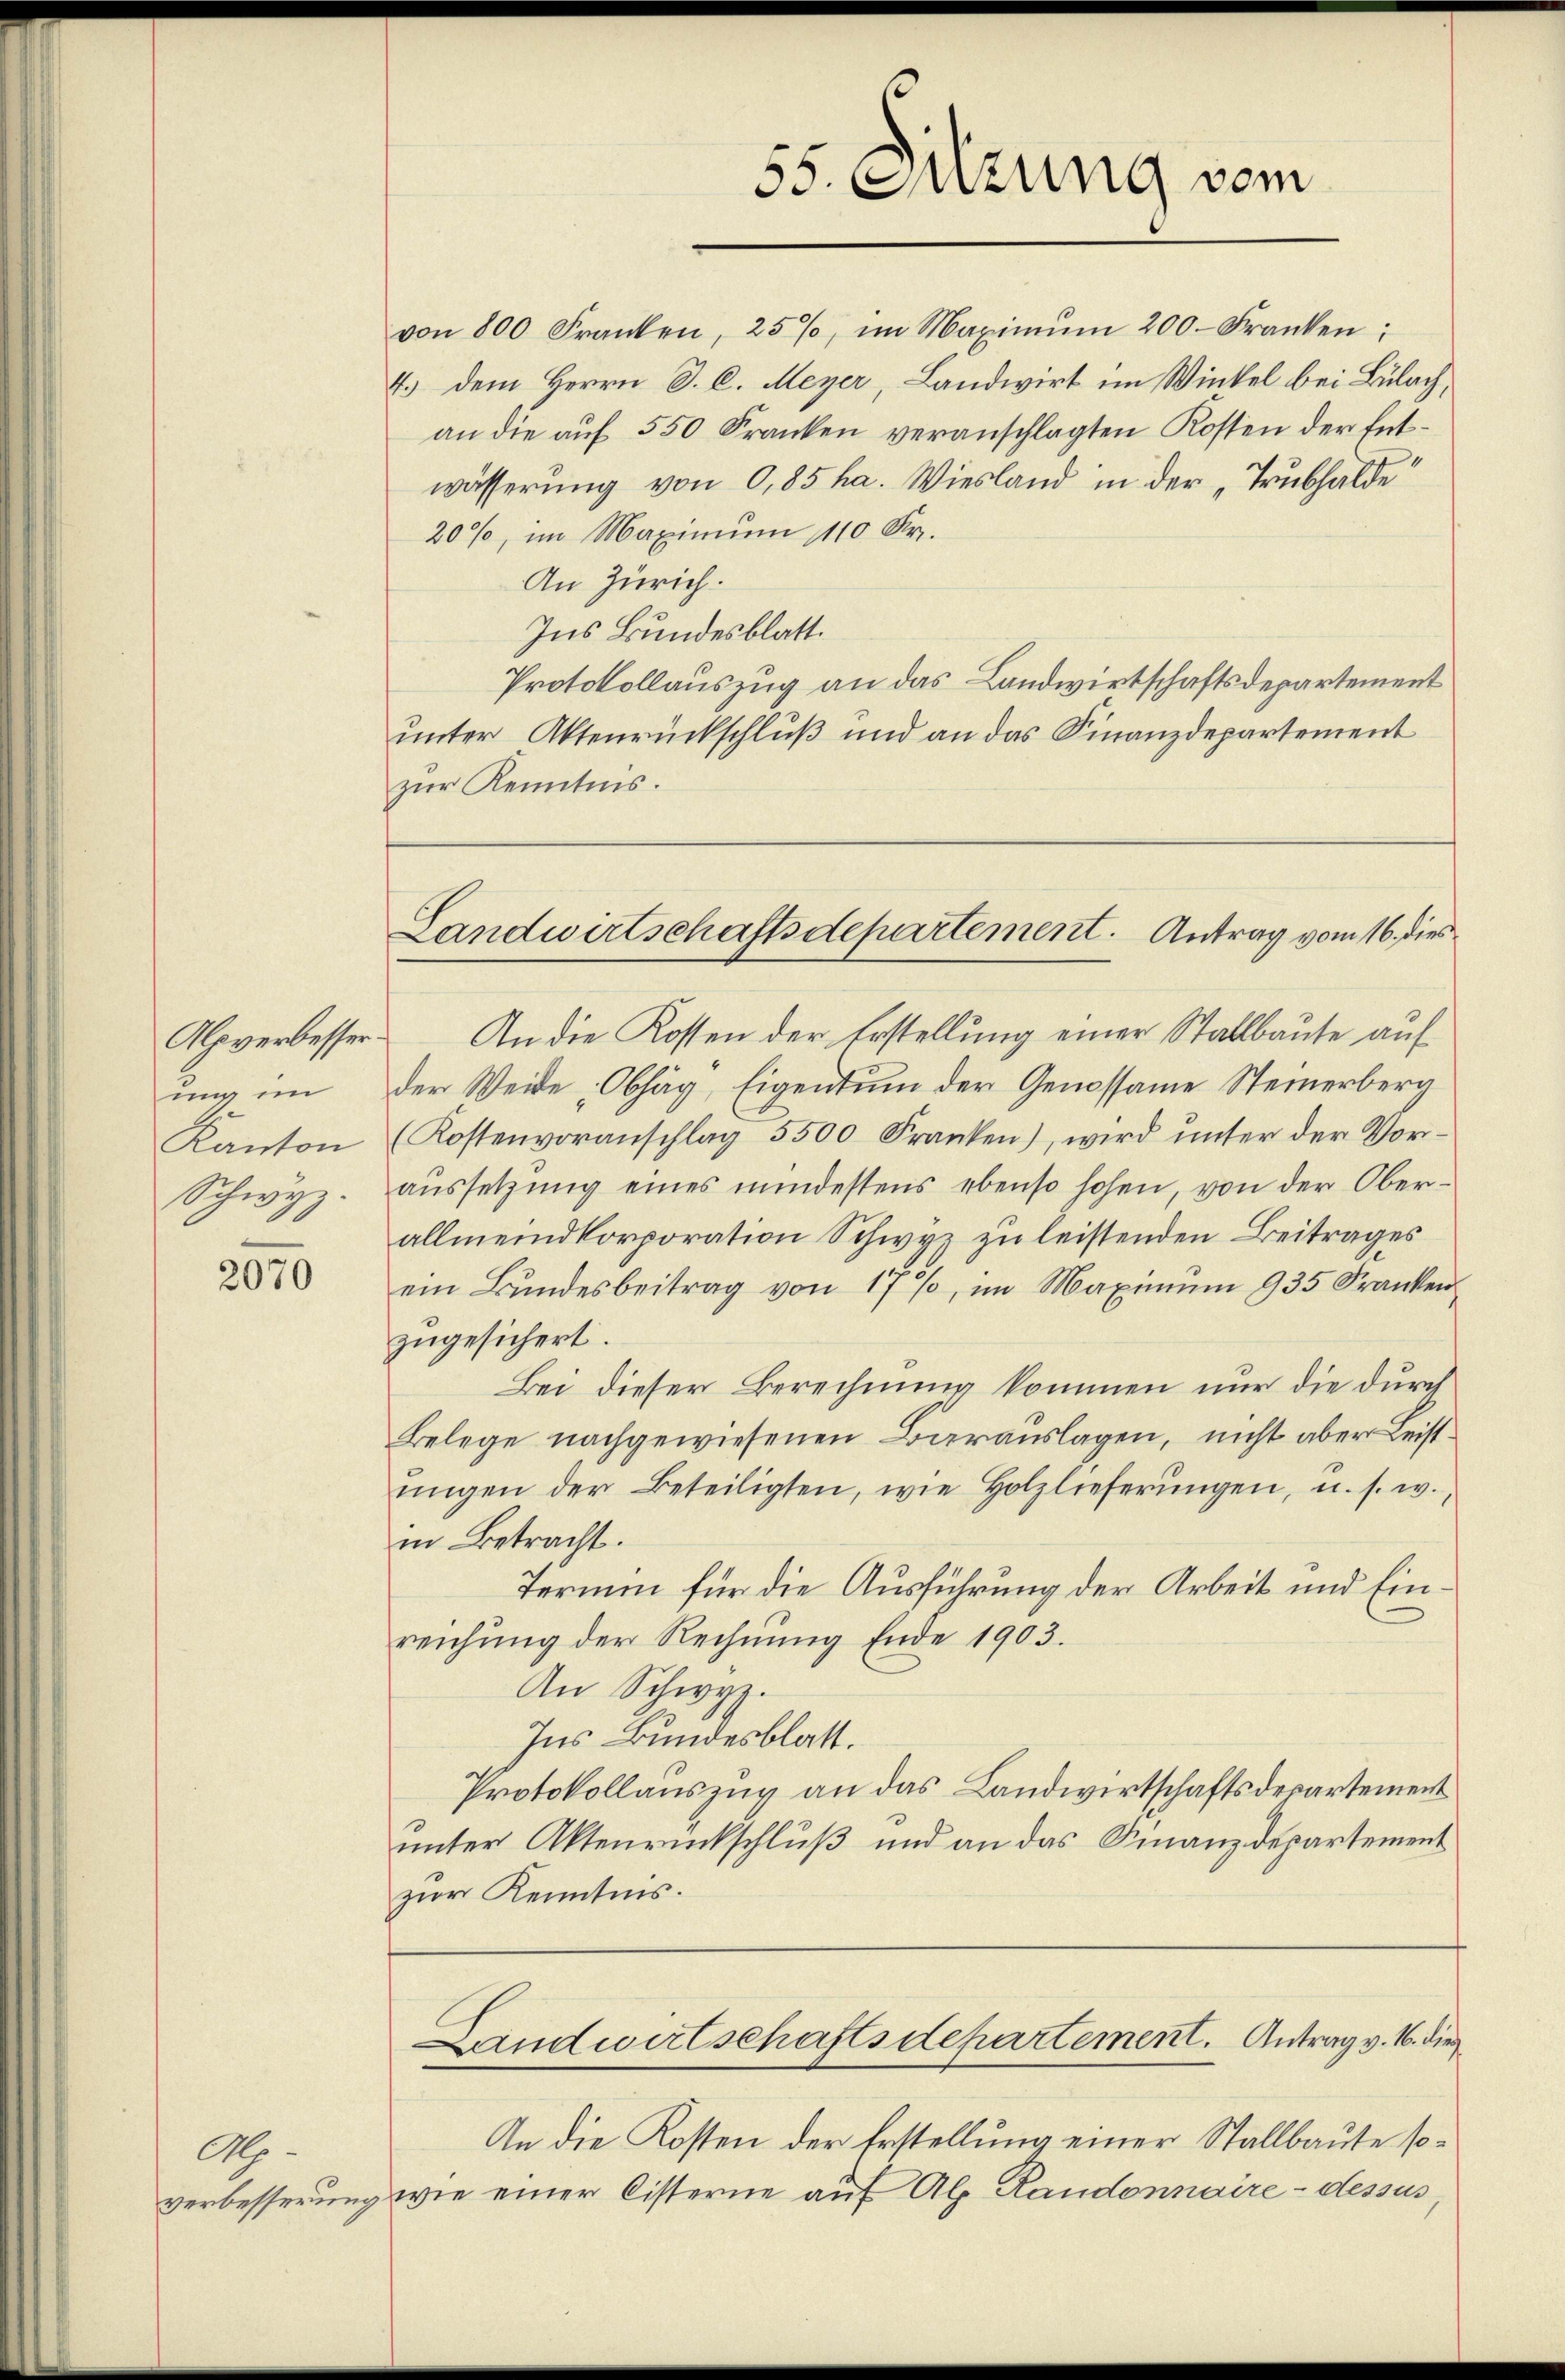
Alpverbesser.
ung im
Kanton
Schwyz.

2070

M.
verbesserung.

55. Ouzung vom

von 800 Franken, 25%, im Maximŭm 200. Franken:
4.) Dem Herrn D. C. Meyer, Landwirt im Winkel bei Bülach,
an die auf 550 Franken veranschlagten Kosten der Entwässerung von 0,85 ha. Wiesland in der „Trubhalde
20%, im Maximum 110 Fr.
An Zürich.
Ins Bundesblatt.
Protokollauszug an das Landwirtschaftsdepartement
unter Aktenrückschluß und an das Finanzdepartement
zur Kenntnis.

Landwirtschaftsdepartement. Antrag vom 16. dies

An die Kosten der Erstellung einer Stallbaute auf
der Weide Obhäg, Eigentum der Genossame Steinerberg
(Kostenvoranschlag 5500 Franken), wird unter der Voraŭssetzŭng eines mindestens ebenso hohen, von der Ober-
allmeindkorporation Schwyz zu leistenden Beitrages
ein Bŭndesbeitrag von 17 %, im Maximŭm 935 Franken
zugesichert.
Bei dieser Berechnung kommen nur die durch
Belege nachgewiesenen Barauslagen, nicht aber Leistŭngen der Beteiligten, wie Holzlieferŭngen, u. s. w.,
in Betracht.
Termin für die Ausführung der Arbeit und Einreichung der Rechnung Ende 1903.
An Schwyz.
Ins Bundesblatt.
Protokollauszug an das Landwirtschaftsdepartement
unter Aktenrückschluß und an das Finanzdepartement
zur Kenntnis.
Landwirtschaftsdepartement. Antrag v. M. die
An die Kosten der Erstellung einer Stallbaute sowie einer Cisterne auf Al. Randonnaire dessus,